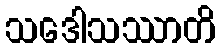
သဒေါသဿာတိ